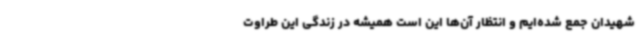
شهیدان جمع شده‌ایم و انتظار آن‌ها این است همیشه در زندگی این طراوت